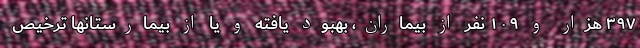
۳۹۷ هزار و ۱۰۹ نفر از بیماران، بهبود یافته و یا از بیمارستانها ترخیص